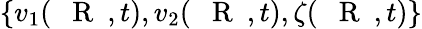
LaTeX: \{ v_{1}(\mathrm{~{~\mathbf~R~}~},t),v_{2}(\mathrm{~{~\mathbf~R~}~},t),\zeta(\mathrm{~{~\mathbf~R~}~},t)\}